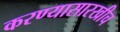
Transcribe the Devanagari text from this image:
करण्यासारखीच